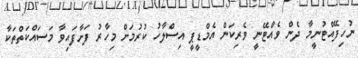
ނުހިފޭއްޓުނީމާ ދެން ވެއްޓޭނީ ވެރިކަން އެމްޑީޕީ އިސްލާހު ކުރުމަށް މިހާރު ފަށާފައިވާ މަސައްކަތްތަކާ